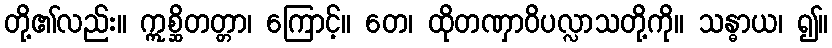
တို့၏လည်း။ ဣစ္ဆိတတ္တာ၊ ကြောင့်။ တေ၊ ထိုတဏှာဝိပလ္လာသတို့ကို။ သန္ဓာယ၊ ၍။